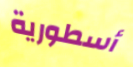
أسطورية